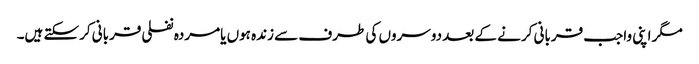
مگر اپنی واجب قربانی کرنے کے بعد دوسروں کی طرف سے زندہ ہوں یامردہ نفلی قربانی کرسکتے ہیں۔